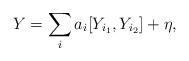
LaTeX: \begin{align*}Y=\sum_i a_i[Y_{i_1},Y_{i_2}]+\eta,\end{align*}